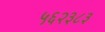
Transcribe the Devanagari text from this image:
५६२३८३